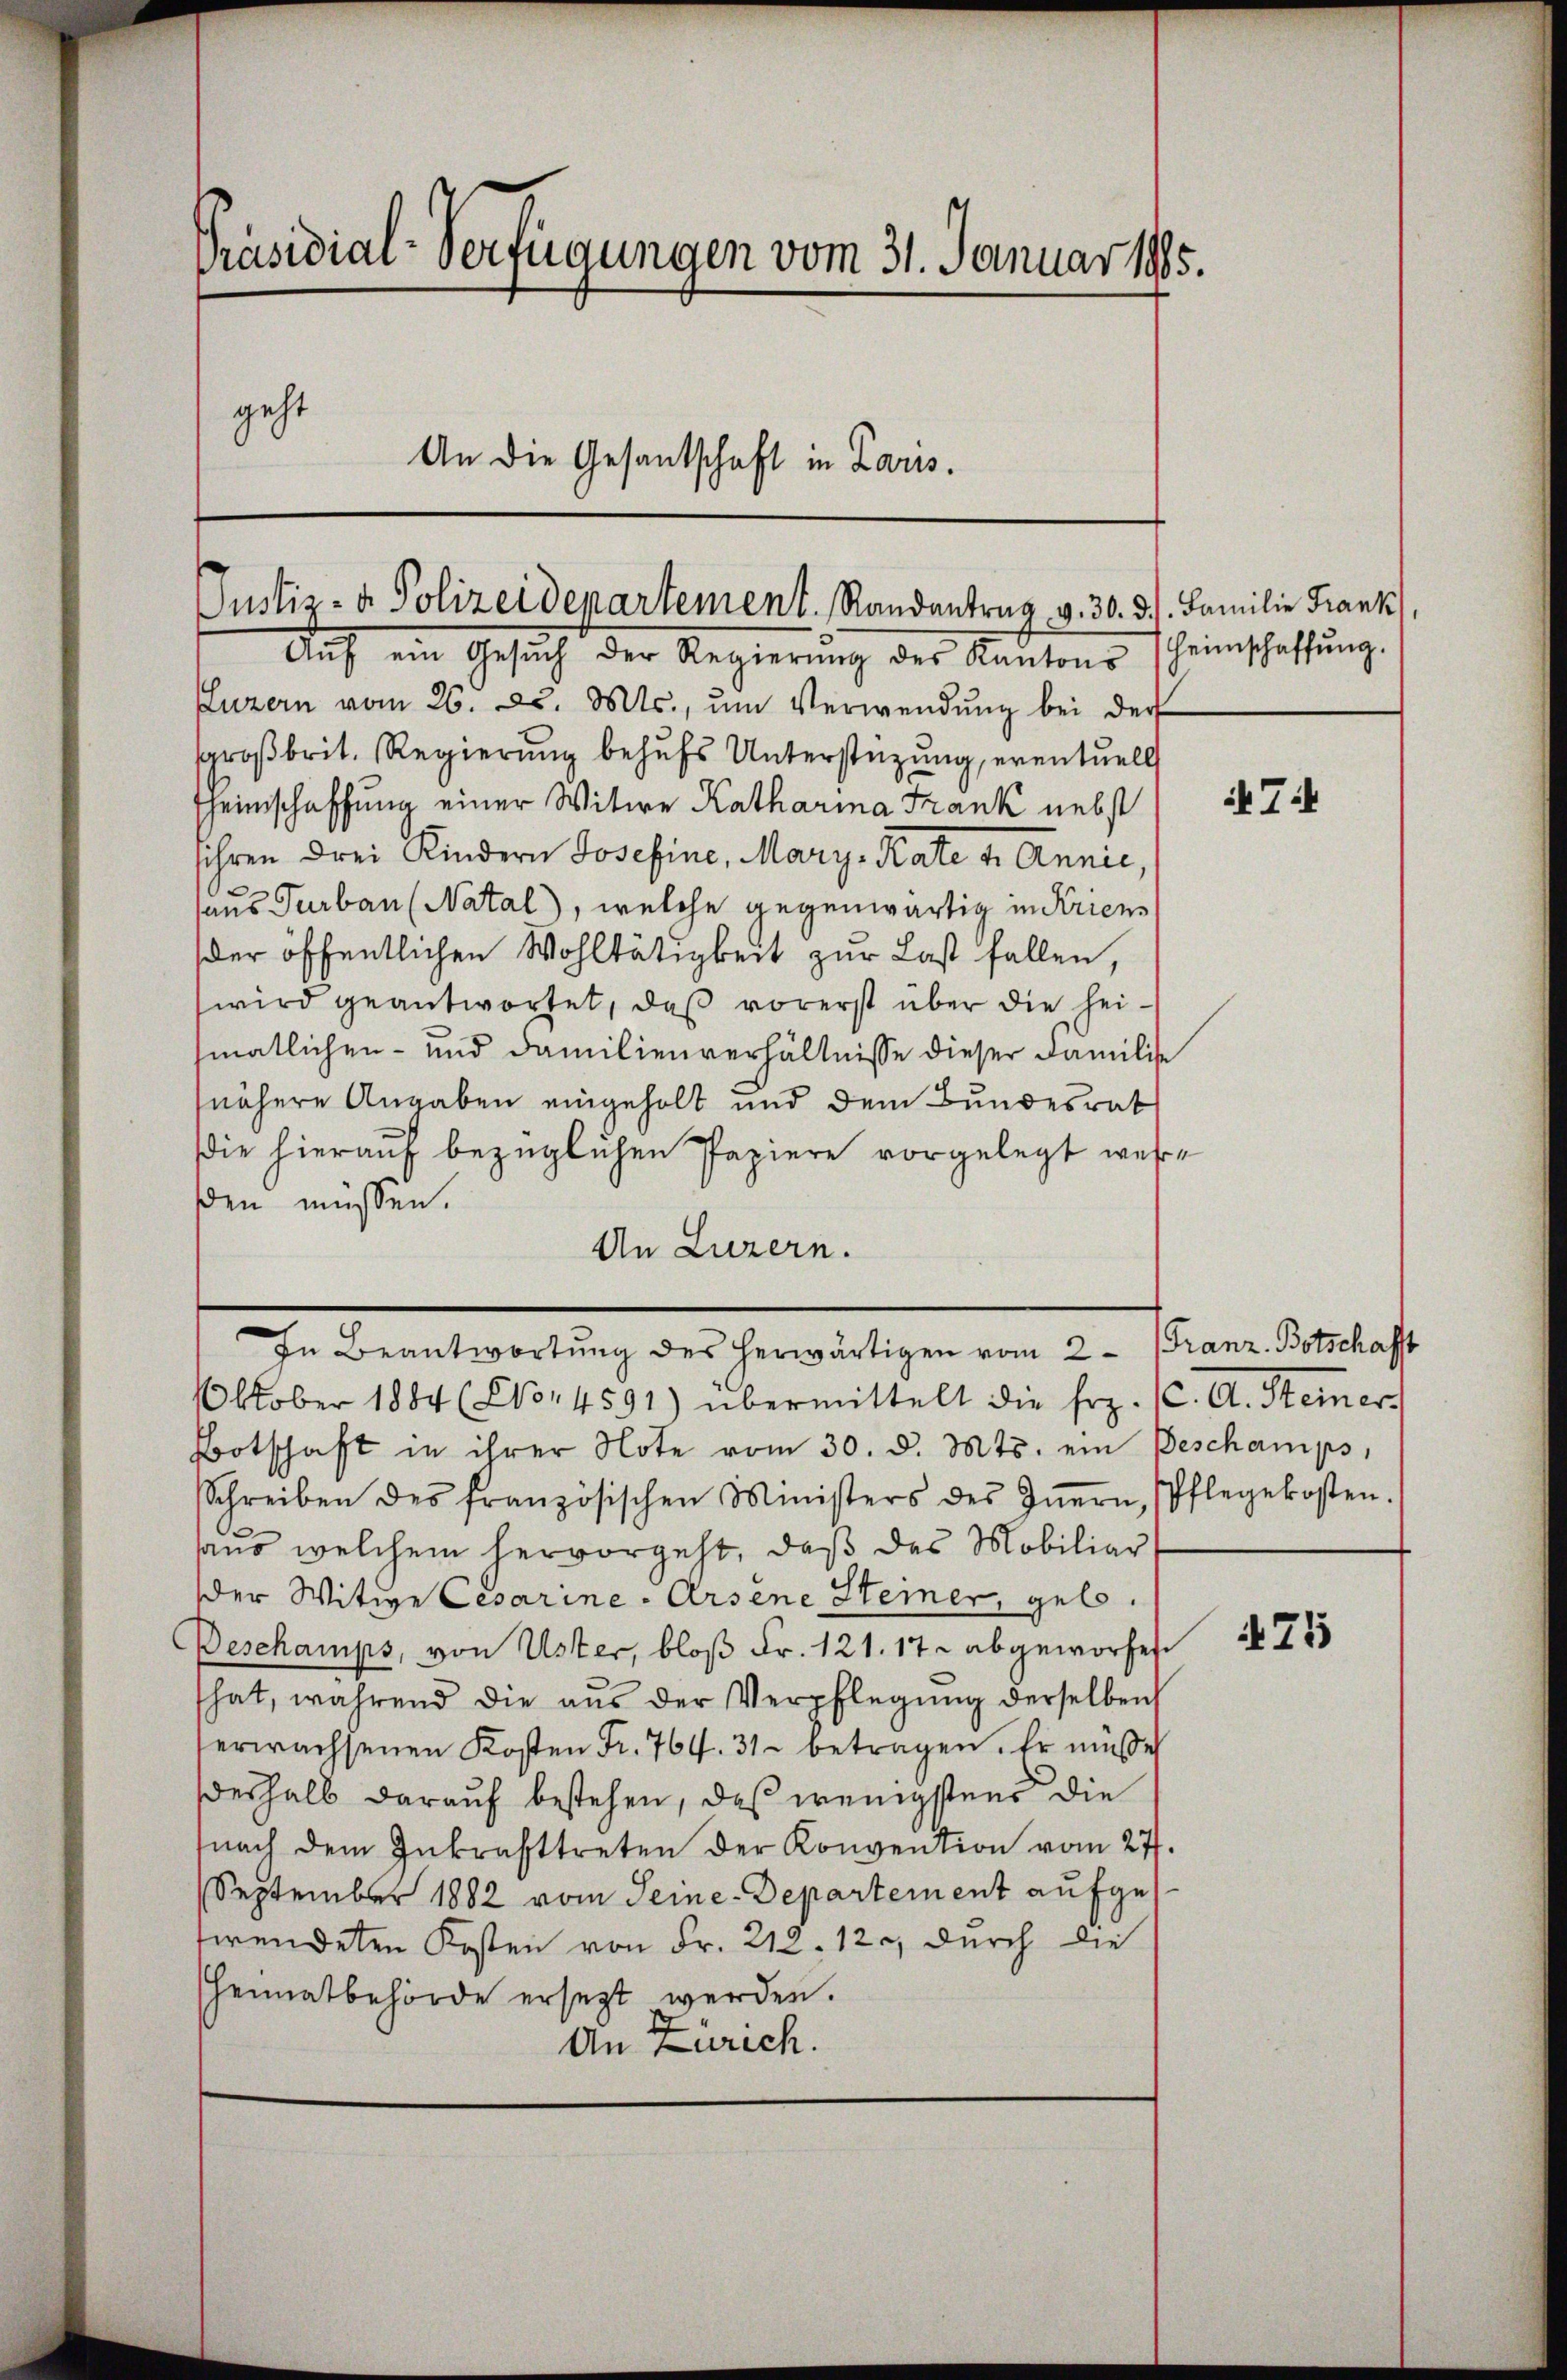
Präsidial-Verfügungen vom 31. Januar 1905.
geht
An die Gesantschaft in Paris.

Justiz- & Polizeidepartement. Randantrag v. 30. 3./. Familie Frank

Auf ein Gesuch der Regierung des Kantons scheinschaffung.
Luzern vom 26. d. Mts., ŭm Verwendŭng bei der
sproβbrit. Regierŭng behŭfs Unterstützŭng, eventuell
heinschaffung einer Witwe Katharina Frank nebst
sihren drei Kindern Josefine, Mary, Kate v. Annie,
haus Turban (Natal, welche gegenwärtig in Kriens
der öffentlichen Wohltätigkeit zur Last fallen,
wird geantwortet, daß vorerst über die heismatlichen- und Familienverhältnisse dieser Familie
nähere Angaben eingeholt und dem Bundesrat
ie hierauf bezüglichen Papiere vorgelegt wehre
sden müssen.
An Luzern.
In Beantwortung des herwärtigen vom 2. Franz Botschafft
Oktober 1884 (14591) übermittelt die Erz. CC. A. Steiner
Botschaft in ihrer Note vom 30. d. Mts. ein Beschamps,
Schreiben des französischen Ministers des Iṅern Pflegekosten.
aus welchem hervorgeht, daß des Mobiliar
der Witwe Cesarine - Arsene Steiner, geb.
Deschamps, von Uster, bloß Fr. 121. 17. abgeworfes
hat, während die aus der Verpflegŭng derselben
erwachsenen Kosten Fr. 764. 31. betragen. Er müße
deshalb darauf bestehen, daß wenigstens die
nach dem Inkrafttreten der Konvention vom 27.
September 1882 vom Seine-Departement aufgestwendeten Kosten von Fr. 212. 120, durch die
Heimatbehörde ersezt werden.
An Zürich.

4 Tit

471